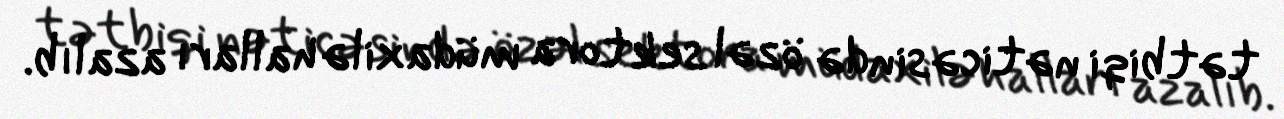
tətbiqi nəticəsində özəl sektora müdaxilə halları azalıb.